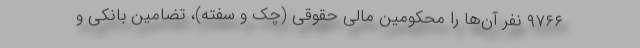
۹۷۶۶ نفر آن‌ها را محکومین مالی حقوقی (چک و سفته)، تضامین بانکی و